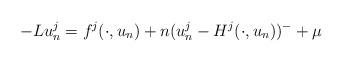
LaTeX: \begin{align*}-Lu_n^j=f^j(\cdot,u_n)+n(u_n^j-H^j(\cdot,u_n))^{-}+\mu\end{align*}